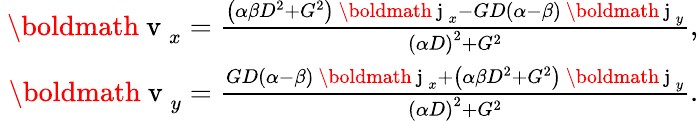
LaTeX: \begin{array}{r}{\mathrm{~\boldmath~v~}_{x}=\frac{\left(\alpha\beta D^{2}+G^{2}\right)\mathrm{~\boldmath~j~}_{x}-GD\left(\alpha-\beta\right)\mathrm{~\boldmath~j~}_{y}}{\left(\alpha D\right)^{2}+G^{2}},}\\ {\mathrm{~\boldmath~v~}_{y}=\frac{GD\left(\alpha-\beta\right)\mathrm{~\boldmath~j~}_{x}+\left(\alpha\beta D^{2}+G^{2}\right)\mathrm{~\boldmath~j~}_{y}}{\left(\alpha D\right)^{2}+G^{2}}.}\end{array}